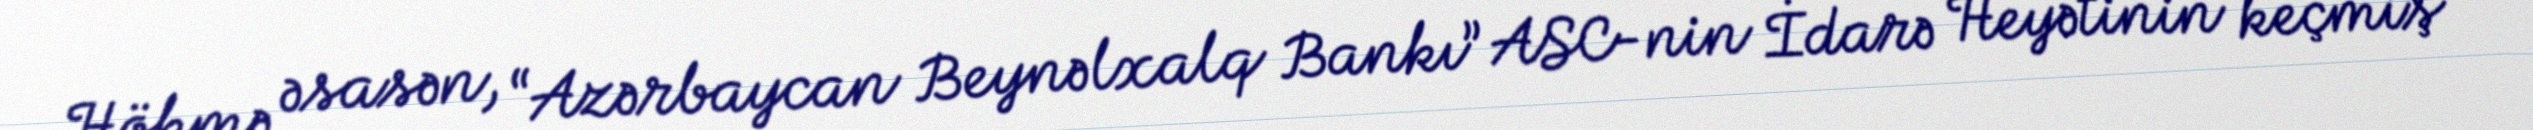
Hökmə əsasən, “Azərbaycan Beynəlxalq Bankı” ASC-nin İdarə Heyətinin keçmiş